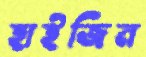
হাইজিন